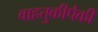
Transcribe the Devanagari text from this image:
वाहतुकीपैकी